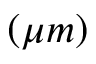
\left( \mu m \right)